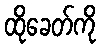
ထိုခေတ်ကို